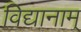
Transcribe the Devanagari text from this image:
विद्यानाम्